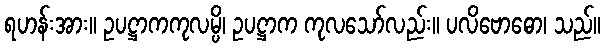
ရဟန်းအား။ ဥပဋ္ဌာကကုလမ္ပိ၊ ဥပဋ္ဌာက ကုလသော်လည်း။ ပလိဗောဓော၊ သည်။